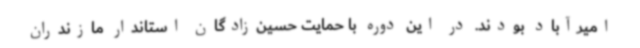
امیرآباد بودند. در این دوره با حمایت حسین‌زادگان استاندار مازندران